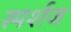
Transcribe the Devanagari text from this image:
स्पर्शज